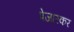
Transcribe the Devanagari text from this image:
पेजारकर